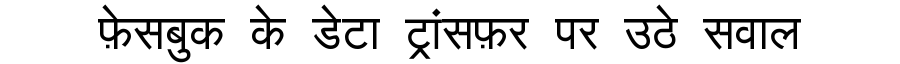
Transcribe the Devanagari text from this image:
फ़ेसबुक के डेटा ट्रांसफ़र पर उठे सवाल